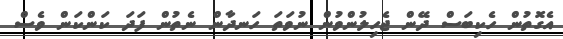
އެގޮތުން ހެކިބަސް ދޭން ޖެހިލުންވުން ނުވަތަ ހަނދާން ނެތުން ފަދަ ކަންކަން ވެސް